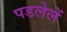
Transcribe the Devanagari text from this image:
पडलेलें